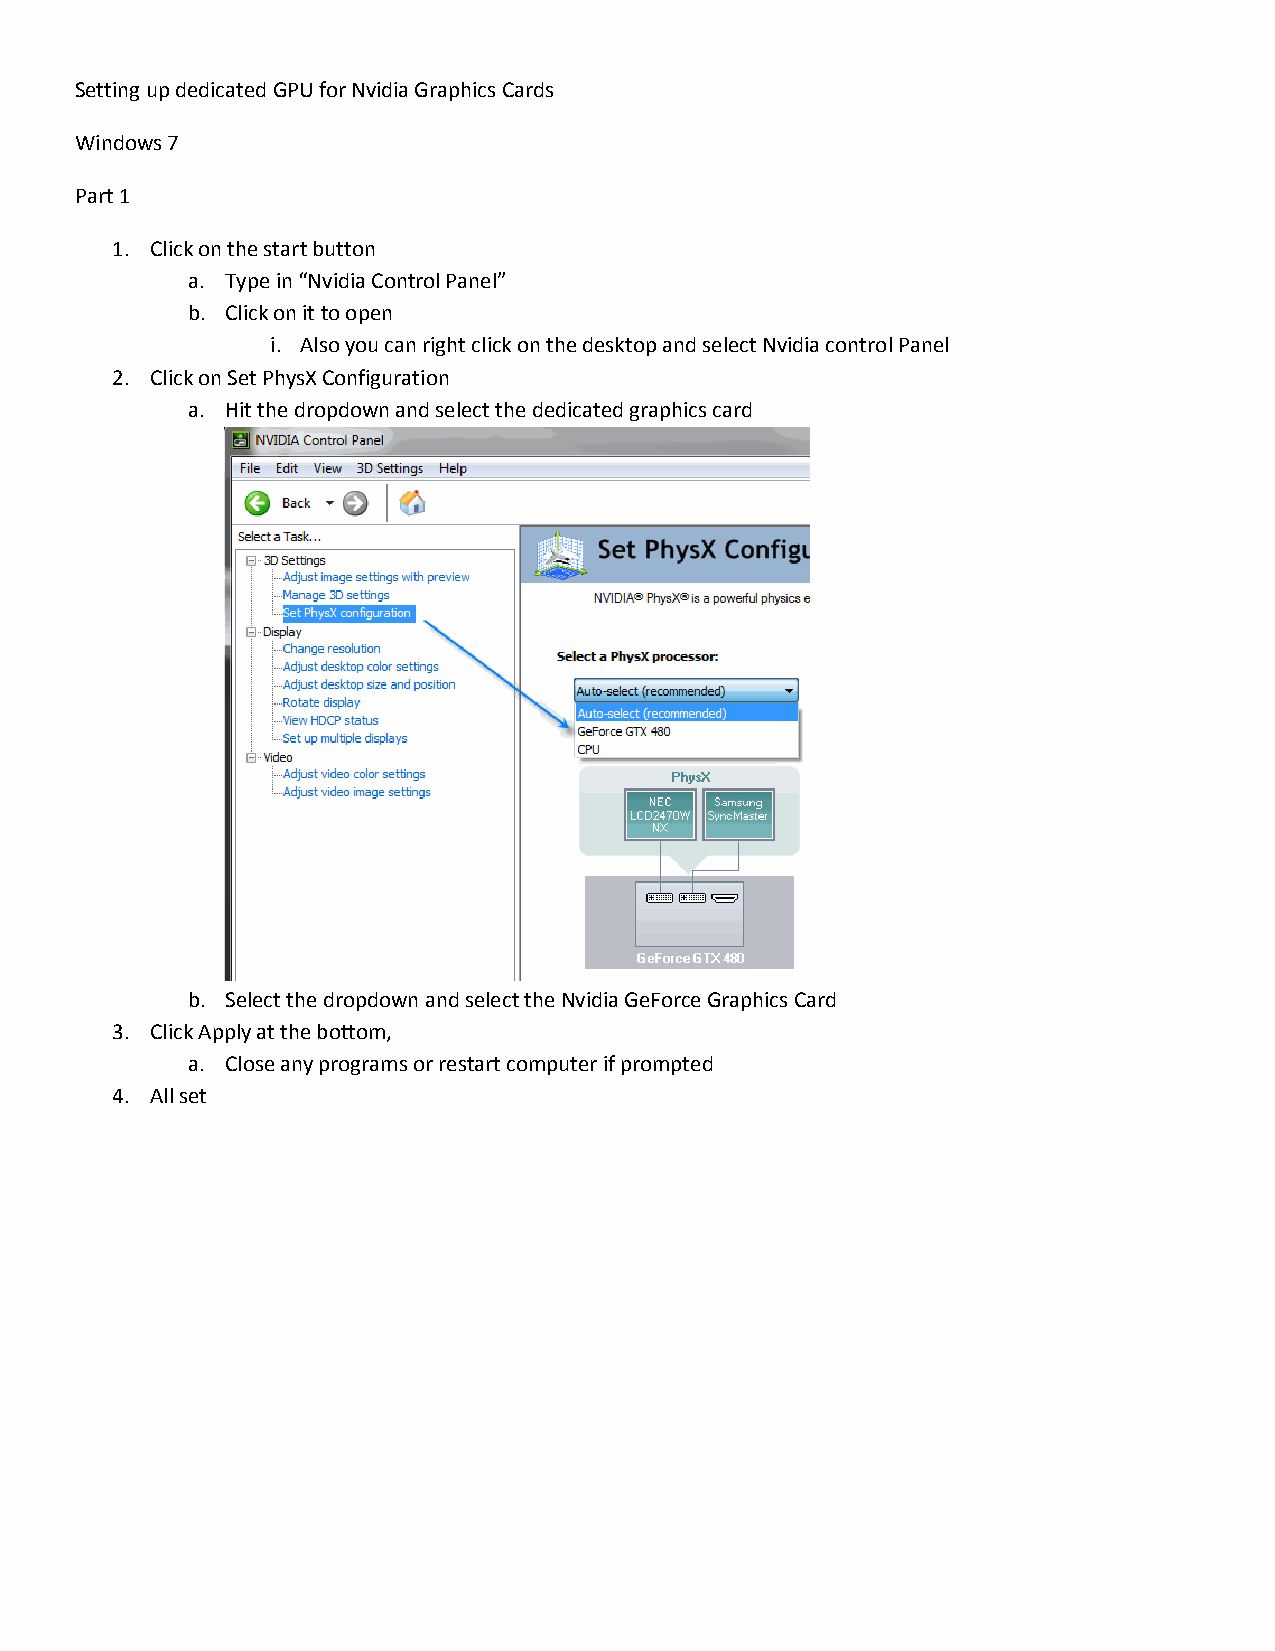
Setting up dedicated GPU for Nvidia Graphics Cards
 Windows 7
 Part 1
 1. Click on the start button
 a. Type in “Nvidia Control Panel”
 b. Click on it to open
 i. Also you can right click on the desktop and select Nvidia control Panel
 2. Click on Set PhysX Configuration
 a. Hit the dropdown and select the dedicated graphics card
 b. Select the dropdown and select the Nvidia GeForce Graphics Card
 3. Click Apply at the bottom,
 a. Close any programs or restart computer if prompted
 4. All set